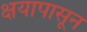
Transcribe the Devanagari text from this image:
क्षयापासून